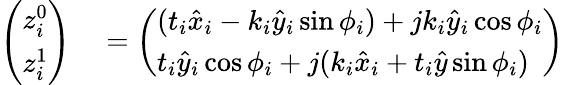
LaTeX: \begin{array}{rl}{\left(\begin{array}{l}{z_{i}^{0}}\\ {z_{i}^{1}}\end{array}\right)}&{{}=\left(\begin{array}{l}{(t_{i}\hat{x}_{i}-k_{i}\hat{y}_{i}\sin\phi_{i})+jk_{i}\hat{y}_{i}\cos\phi_{i}}\\ {t_{i}\hat{y}_{i}\cos\phi_{i}+j(k_{i}\hat{x}_{i}+t_{i}\hat{y}\sin\phi_{i})}\end{array}\right)}\end{array}